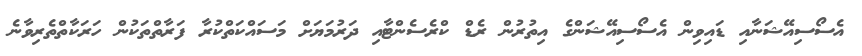
އެސޯސިއޭޝަނާއި ޑައިވިން އެސޯސިއޭޝަންގެ އިތުރުން ރެޑް ކްރެސެންޓާއި ދަރުމަޔަށް މަސައްކަތްކުރާ ފަރާތްތަކުން ހަރަކާތްތެރިވާނެ